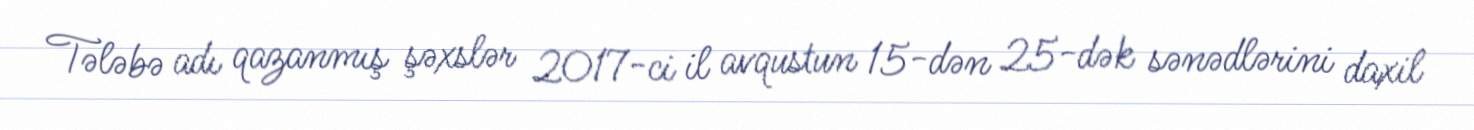
Tələbə adı qazanmış şəxslər 2017-ci il avqustun 15-dən 25-dək sənədlərini daxil